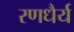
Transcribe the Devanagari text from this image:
रणधैर्य